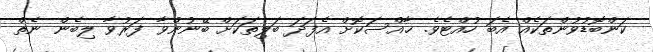
ކަންބޮޑުވުންތަކެއް އެބަ ހުއްޓެވެ. ޚާއްސަކޮށް އެފަދަ ބަލިތަކަށް ބޭނުންވާ ފަރުވާ ލިބެން ނެތް